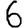
Digit: 6